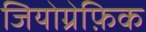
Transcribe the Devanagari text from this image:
जियोग्रेफ़िक